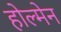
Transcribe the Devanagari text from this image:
होल्मेन